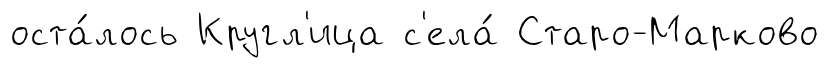
оста́лось Кругл'ица с'ела́ Старо-Марково